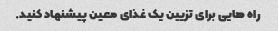
راه هایی برای تزیین یک غذای معین پیشنهاد کنید.